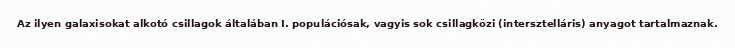
Az ilyen galaxisokat alkotó csillagok általában I. populációsak, vagyis sok csillagközi (intersztelláris) anyagot tartalmaznak.